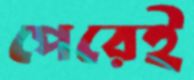
পেরেই